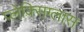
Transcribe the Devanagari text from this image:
प्लेक्सिग्लास